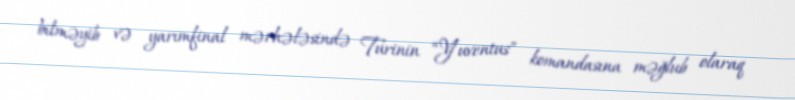
bilməyib və yarımfinal mərhələsində Turinin “Yuventus” komandasına məğlub olaraq